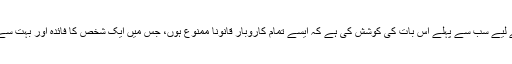
اسلام نے دولت کا یہ یک طرفہ بہاؤ کو روکنے کے لیے سب سے پہلے اس بات کی کوشش کی ہے کہ ایسے تمام کاروبار قانوناً ممنوع ہوں، جس میں ایک شخص کا فائدہ اور بہت سے لوگوں کا نقصان ہو، جیسے سود، سٹہ، جوا وغیرہ۔